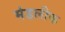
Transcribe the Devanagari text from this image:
मंडलीक